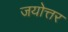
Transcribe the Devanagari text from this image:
जयोत्तर